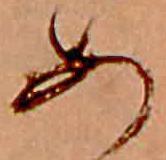
あ